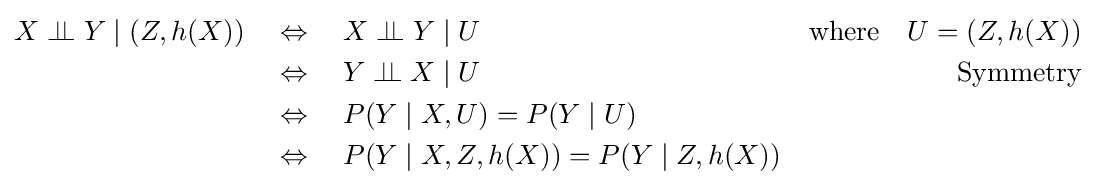
{\begin{aligned}X\perp \!\!\!\perp Y\mid (Z,h(X))\quad &\Leftrightarrow \quad X\perp \!\!\!\perp Y\mid U\quad &{\text{where}}\quad U=(Z,h(X))\\&\Leftrightarrow \quad Y\perp \!\!\!\perp X\mid U\quad &{\text{Symmetry}}\\&\Leftrightarrow \quad P(Y\mid X,U)=P(Y\mid U)\\&\Leftrightarrow \quad P(Y\mid X,Z,h(X))=P(Y\mid Z,h(X))\end{aligned}}